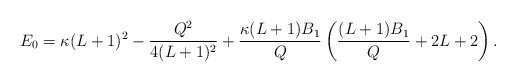
\begin{align*} E_0 = \kappa(L+1)^2 - \frac{Q^2}{4(L+1)^2} + \frac{\kappa(L+1)B_1}{Q} \left(\frac{(L+1)B_1}{Q} +2L+2\right).\end{align*}